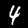
Digit: 4